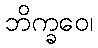
ဘိက္ခဝေ၊